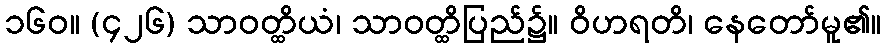
၁၆၀။ (၄၂၆) သာဝတ္ထိယံ၊ သာဝတ္ထိပြည်၌။ ဝိဟရတိ၊ နေတော်မူ၏။